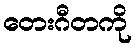
တေးဂီတကို